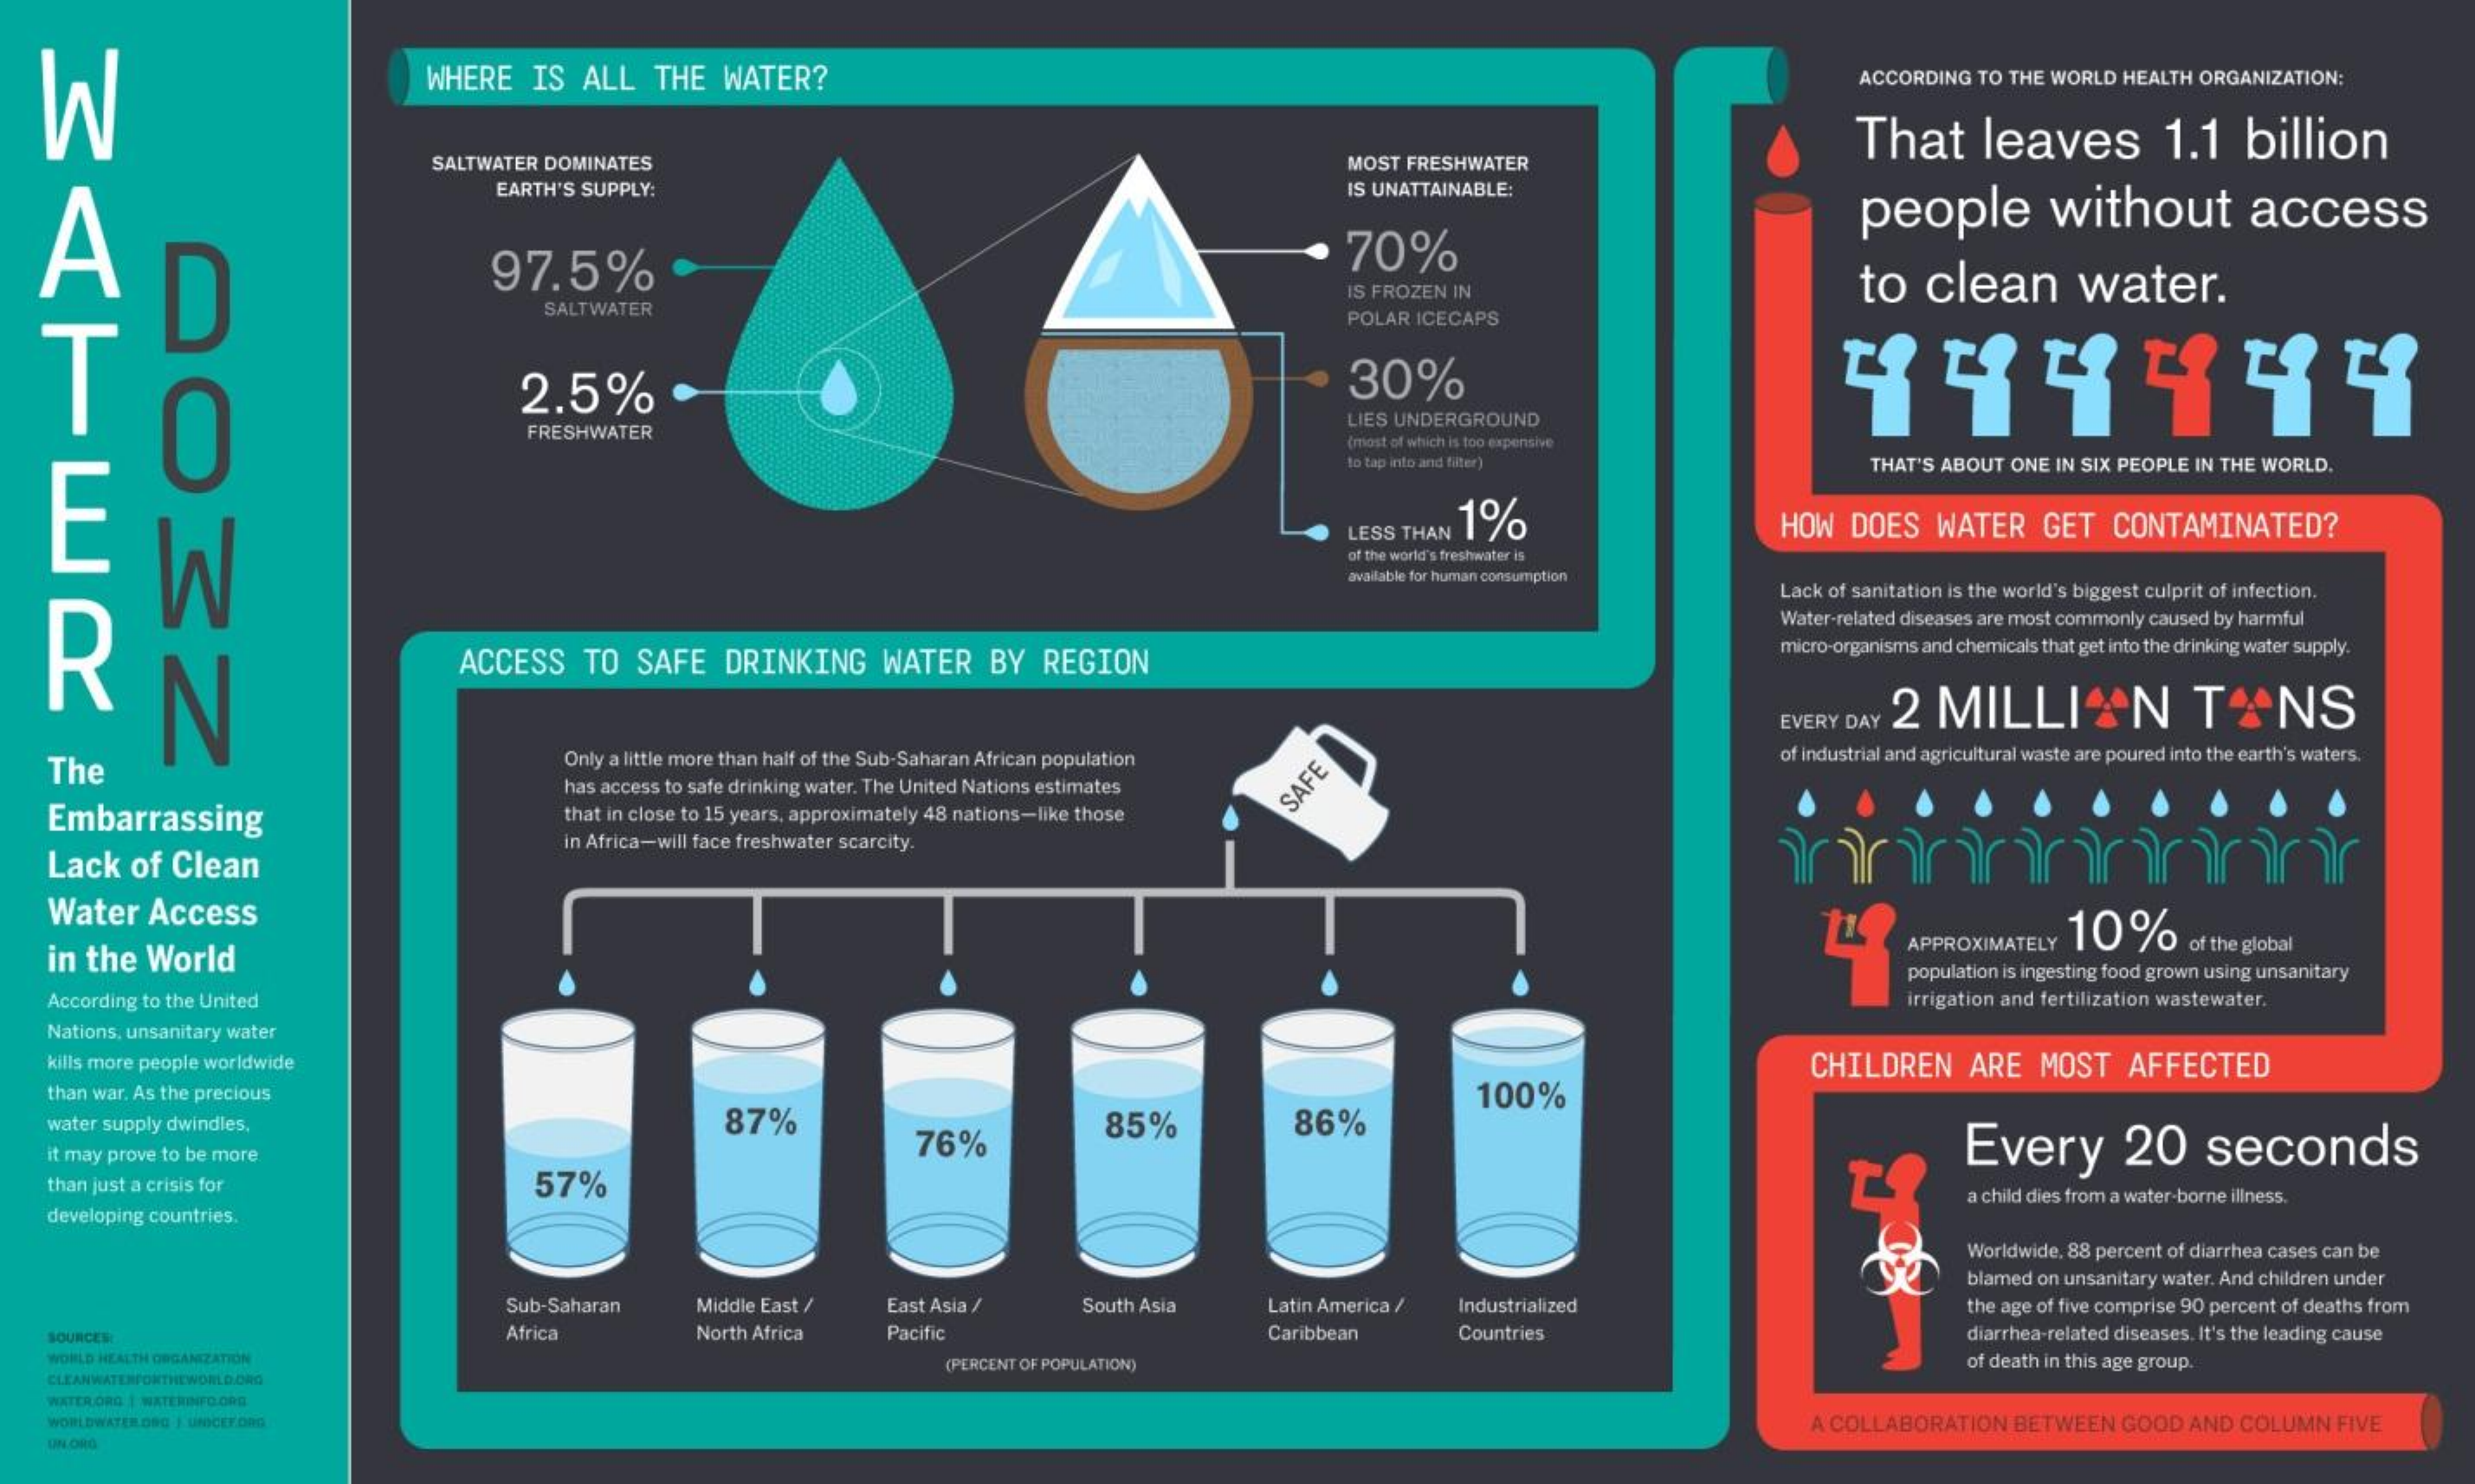
WHERE IS ALL THE WATER?    ACCORDING TO THE WORLD HEALTH ORGANIZATION:
     SALTWATER DOMINATES    MOST FRESHWATER
     EARTH'S SUPPLY:    IS UNATTAINABLE:
  A
    M    That   leaves   1.1 billion
     70%
     people    without    access
     Do3Z
     97.5%    to  clean   water.
     SALTWATER
     IS FROZEN IN
   T
     POLAR ICECAPS
     2.5%    30%    444444
     FRESHWATER
     LIES UNDERGROUND
     (most of which is too expensive
     to tap into and filter)
   F
     THAT'S ABOUT ONE IN SIX PEOPLE IN THE WORLD.
  R
     W
     LESS THAN
     1%    HOW DOES WATER GET CONTAMINATED?
     of the world's freshwater is
     available for human consumption
     Lack of sanitation is the world's biggest culprit of infection.
     Water-related diseases are most commonly caused by harmful
     N
     ACCESS TO SAFE DRINKING WATER BY REGION
     micro-organisms and chemicals that get into the drinking water supply.
     2 MILLION    TONS
     EVERY DAY
   The    Only a little more than half of the Sub-Saharan African population of industrial and agricultural waste are poured into the earth's waters.
     has access to safe drinking water. The United Nations estimates
   Embarrassing    that in close to 15 years, approximately 48 nations-like those
     SAFE
   Lack of Clean
     in Africa-will face freshwater scarcity.
   Water Access
   in the World
     APPROXIMATELY 10% of the global
     population is ingesting food grown using unsanitary
   According to the United    irrigation and fertilization wastewater.
   Nations, unsanitary water
   kills more people worldwide
   than war. As the precious
     87%    85%    86%
     100%
     CHILDREN ARE MOST AFFECTED
   water supply dwindles,
     76%    Every   20  seconds it may prove to be more
   than just a crisis for   57%    a child dies from a water-borne illness.
   developing countries.
     Worldwide, 88 percent of diarrhea cases can be
     Sub-Saharan Middle East / East Asia /
     blamed on unsanitary water. And children under
     South Asia Latin America / Industrialized    the age of five comprise 90 percent of deaths from
   SOURCER    Africa    North Africa Pacific    Caribbean Countries    diarrhea-related diseases. It's the leading cause
   WORLD HEALTH ORGANIZATION    (PERCENT OF POPULATION)    of death in this age group.
   CLEANWATERFORTHEWORLD.ORG
   WATER ORG | WATERINFO.ORG
   WORLDWATER.ORG | UNICEFORG    A COLLABORATION BETWEEN GOOD AND COLUMN FIVE
   UN ORG